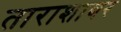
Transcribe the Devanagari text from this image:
ताराशाबर